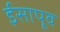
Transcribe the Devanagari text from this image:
ईसापूव